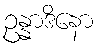
ဥန္နာဒိနော